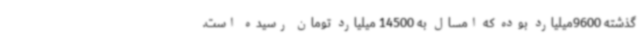
گذشته 9600میلیارد بوده که امسال به 14500 میلیارد تومان رسیده است.